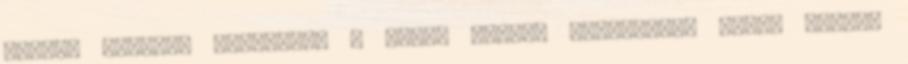
Esküje szerint védelmezi a Hazát Célok, feladatok, igény esetén